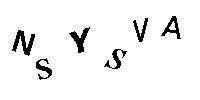
NSYSVA